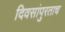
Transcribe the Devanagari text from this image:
दिवसांपुरताच